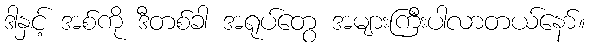
ဒါနှင့် အစ်ကို ဒီတစ်ခါ အရုပ်တွေ အများကြီးပါလာတယ်နော်။